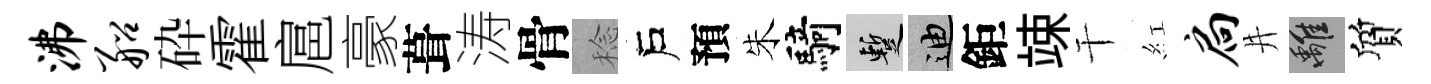
沸船砕霍扈豪葺涛骨稔戶預朱騎暫迪鉅竦干紅扃井離質